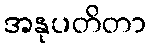
အနုပတိတာ